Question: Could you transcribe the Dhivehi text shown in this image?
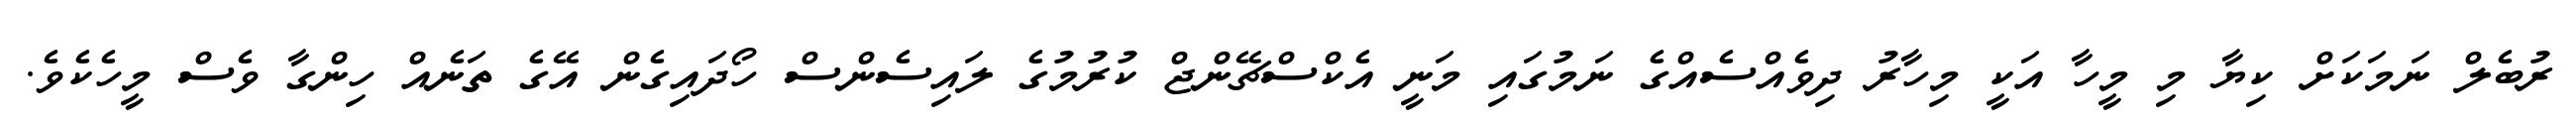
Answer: ރުބެލް ނަމަކަށް ކިޔާ މި މީހާ އަކީ މިހާރު ދިވެއްސެއްގެ ނަމުގައި މަނީ އެކްސްޗޭންޖް ކުރުމުގެ ލައިސެންސް ހޯދައިގެން އޭގެ ތަނެއް ހިންގާ ވެސް މީހެކެވެ.